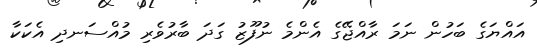
އައްޔަގެ ބަހުން ނަމަ ރާއްޖޭގެ އެންމެ ނުފޫޒު ގަދަ ބާރުވެރި މުއްސަނދި އެކަކާ